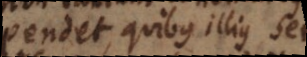
pendet, quibus illius seriei